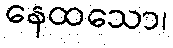
နေထသော၊